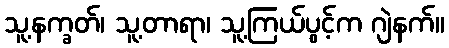
သူ့နက္ခတ်၊ သူ့တာရာ၊ သူ့ကြယ်ပွင့်က ဂျဲနက်။